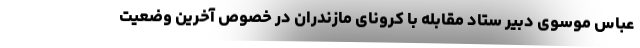
عباس موسوی دبیر ستاد مقابله با کرونای مازندران در خصوص آخرین وضعیت